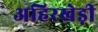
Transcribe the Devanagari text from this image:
अहिरखेड़ी